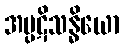
အပ္ပဋိသန္ဓိယော